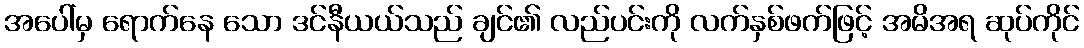
အပေါ်မှ ရောက်နေ သော ဒင်နီယယ်သည် ချင်၏ လည်ပင်းကို လက်နှစ်ဖက်ဖြင့် အမိအရ ဆုပ်ကိုင်